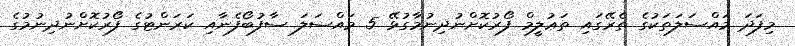
މިފަދަ މައްސަލަތަކުގެ ތެރޭގައި ތަޢުލީމް ފޯރުކޮށްނުދިނުމާގުޅޭ 5 މައްސަލަ ސާފުބޯފެނާއި ކަރަންޓުގެ ފޯރުކޮށްނުދިނުމުގެ